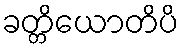
ခတ္တိယောတိပိ